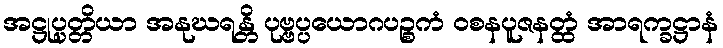
အဋ္ဌုပ္ပတ္တိယာ အနုဃရန္တိ ပုဗ္ဗပ္ပယောဂပဉ္စကံ ဝစနပူဇနတ္ထံ အာရက္ခဋ္ဌာနံ